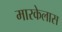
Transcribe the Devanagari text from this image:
मारकेलास